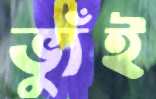
ভ্যুঁই